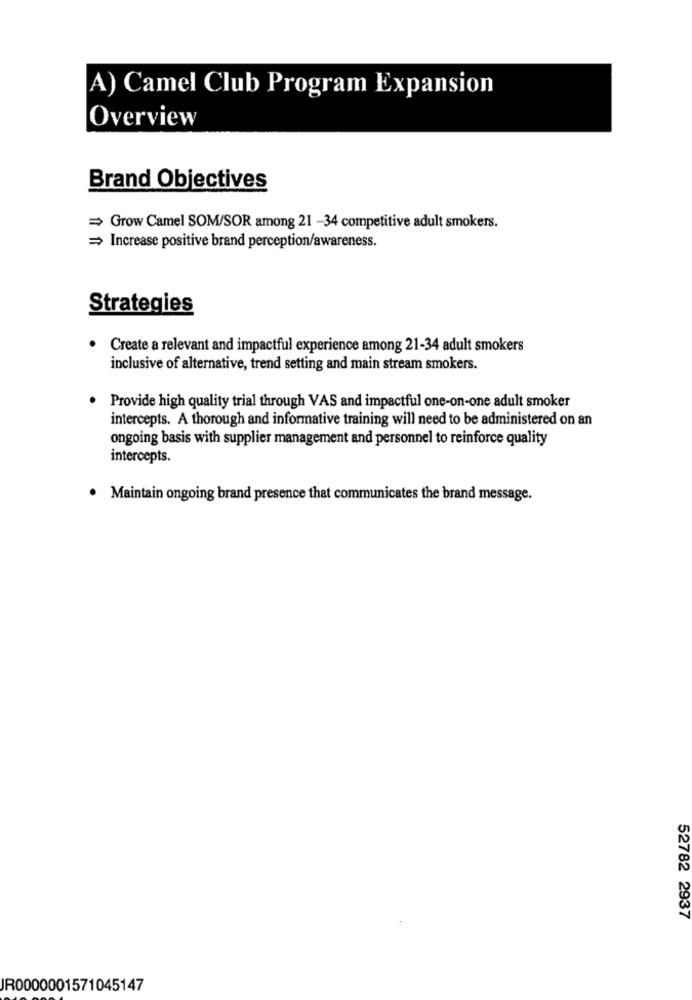
A) Camel Club Program Expansion
Overview
Brand Objectives
= Grow Camel SOM/SOR among 21 -34 competitive adult smokers.
= Increase positive brand perception/awareness.
Strategies
Create a relevant and impactful experience among 21-34 adult smokers
inclusive of alternative, trend setting and main stream smokers.
Provide high quality trial through VAS and impactful one-on-one adult smoker
intercepts. A thorough and informative training will need to be administered on an
ongoing basis with supplier management and personnel to reinforce quality
intercepts.
. Maintain ongoing brand presence that communicates the brand message.
52782 2937
JR0000001571045147